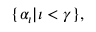
\{ \alpha _ { \iota } | \iota < \gamma \} ,